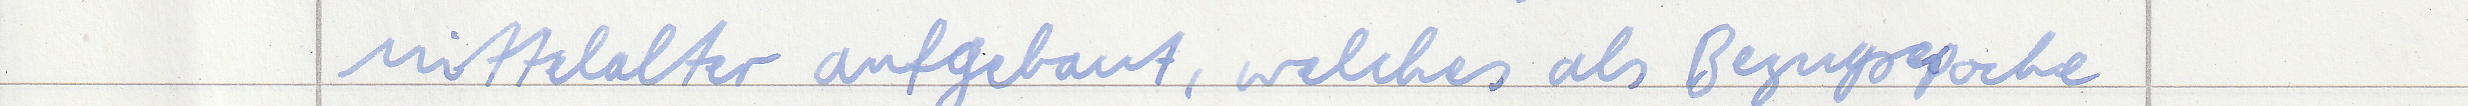
Mittelalter aufgebaut, welches als Bezugsepoche